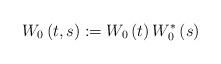
LaTeX: \begin{align*}W_{0}\left( t,s\right) :=W_{0}\left( t\right) W_{0}^{\ast}\left(s\right) \end{align*}